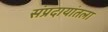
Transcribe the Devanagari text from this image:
संप्रदायांतला